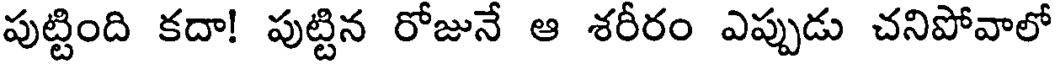
పుట్టింది కదా! పుట్టిన రోజునే ఆ శరీరం ఎప్పుడు చనిపోవాలో